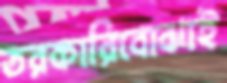
তরকারিবোঝাই